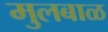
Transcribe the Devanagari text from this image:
मुलबाळ